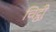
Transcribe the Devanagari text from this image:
चिट्ठीु